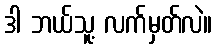
ဒါ ဘယ်သူ့ လက်မှတ်လဲ။